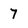
Character: 7